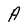
Character: A